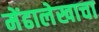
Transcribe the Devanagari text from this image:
मेंढालेखाचा